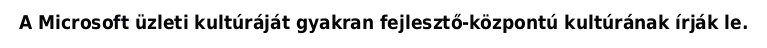
A Microsoft üzleti kultúráját gyakran fejlesztő-központú kultúrának írják le.